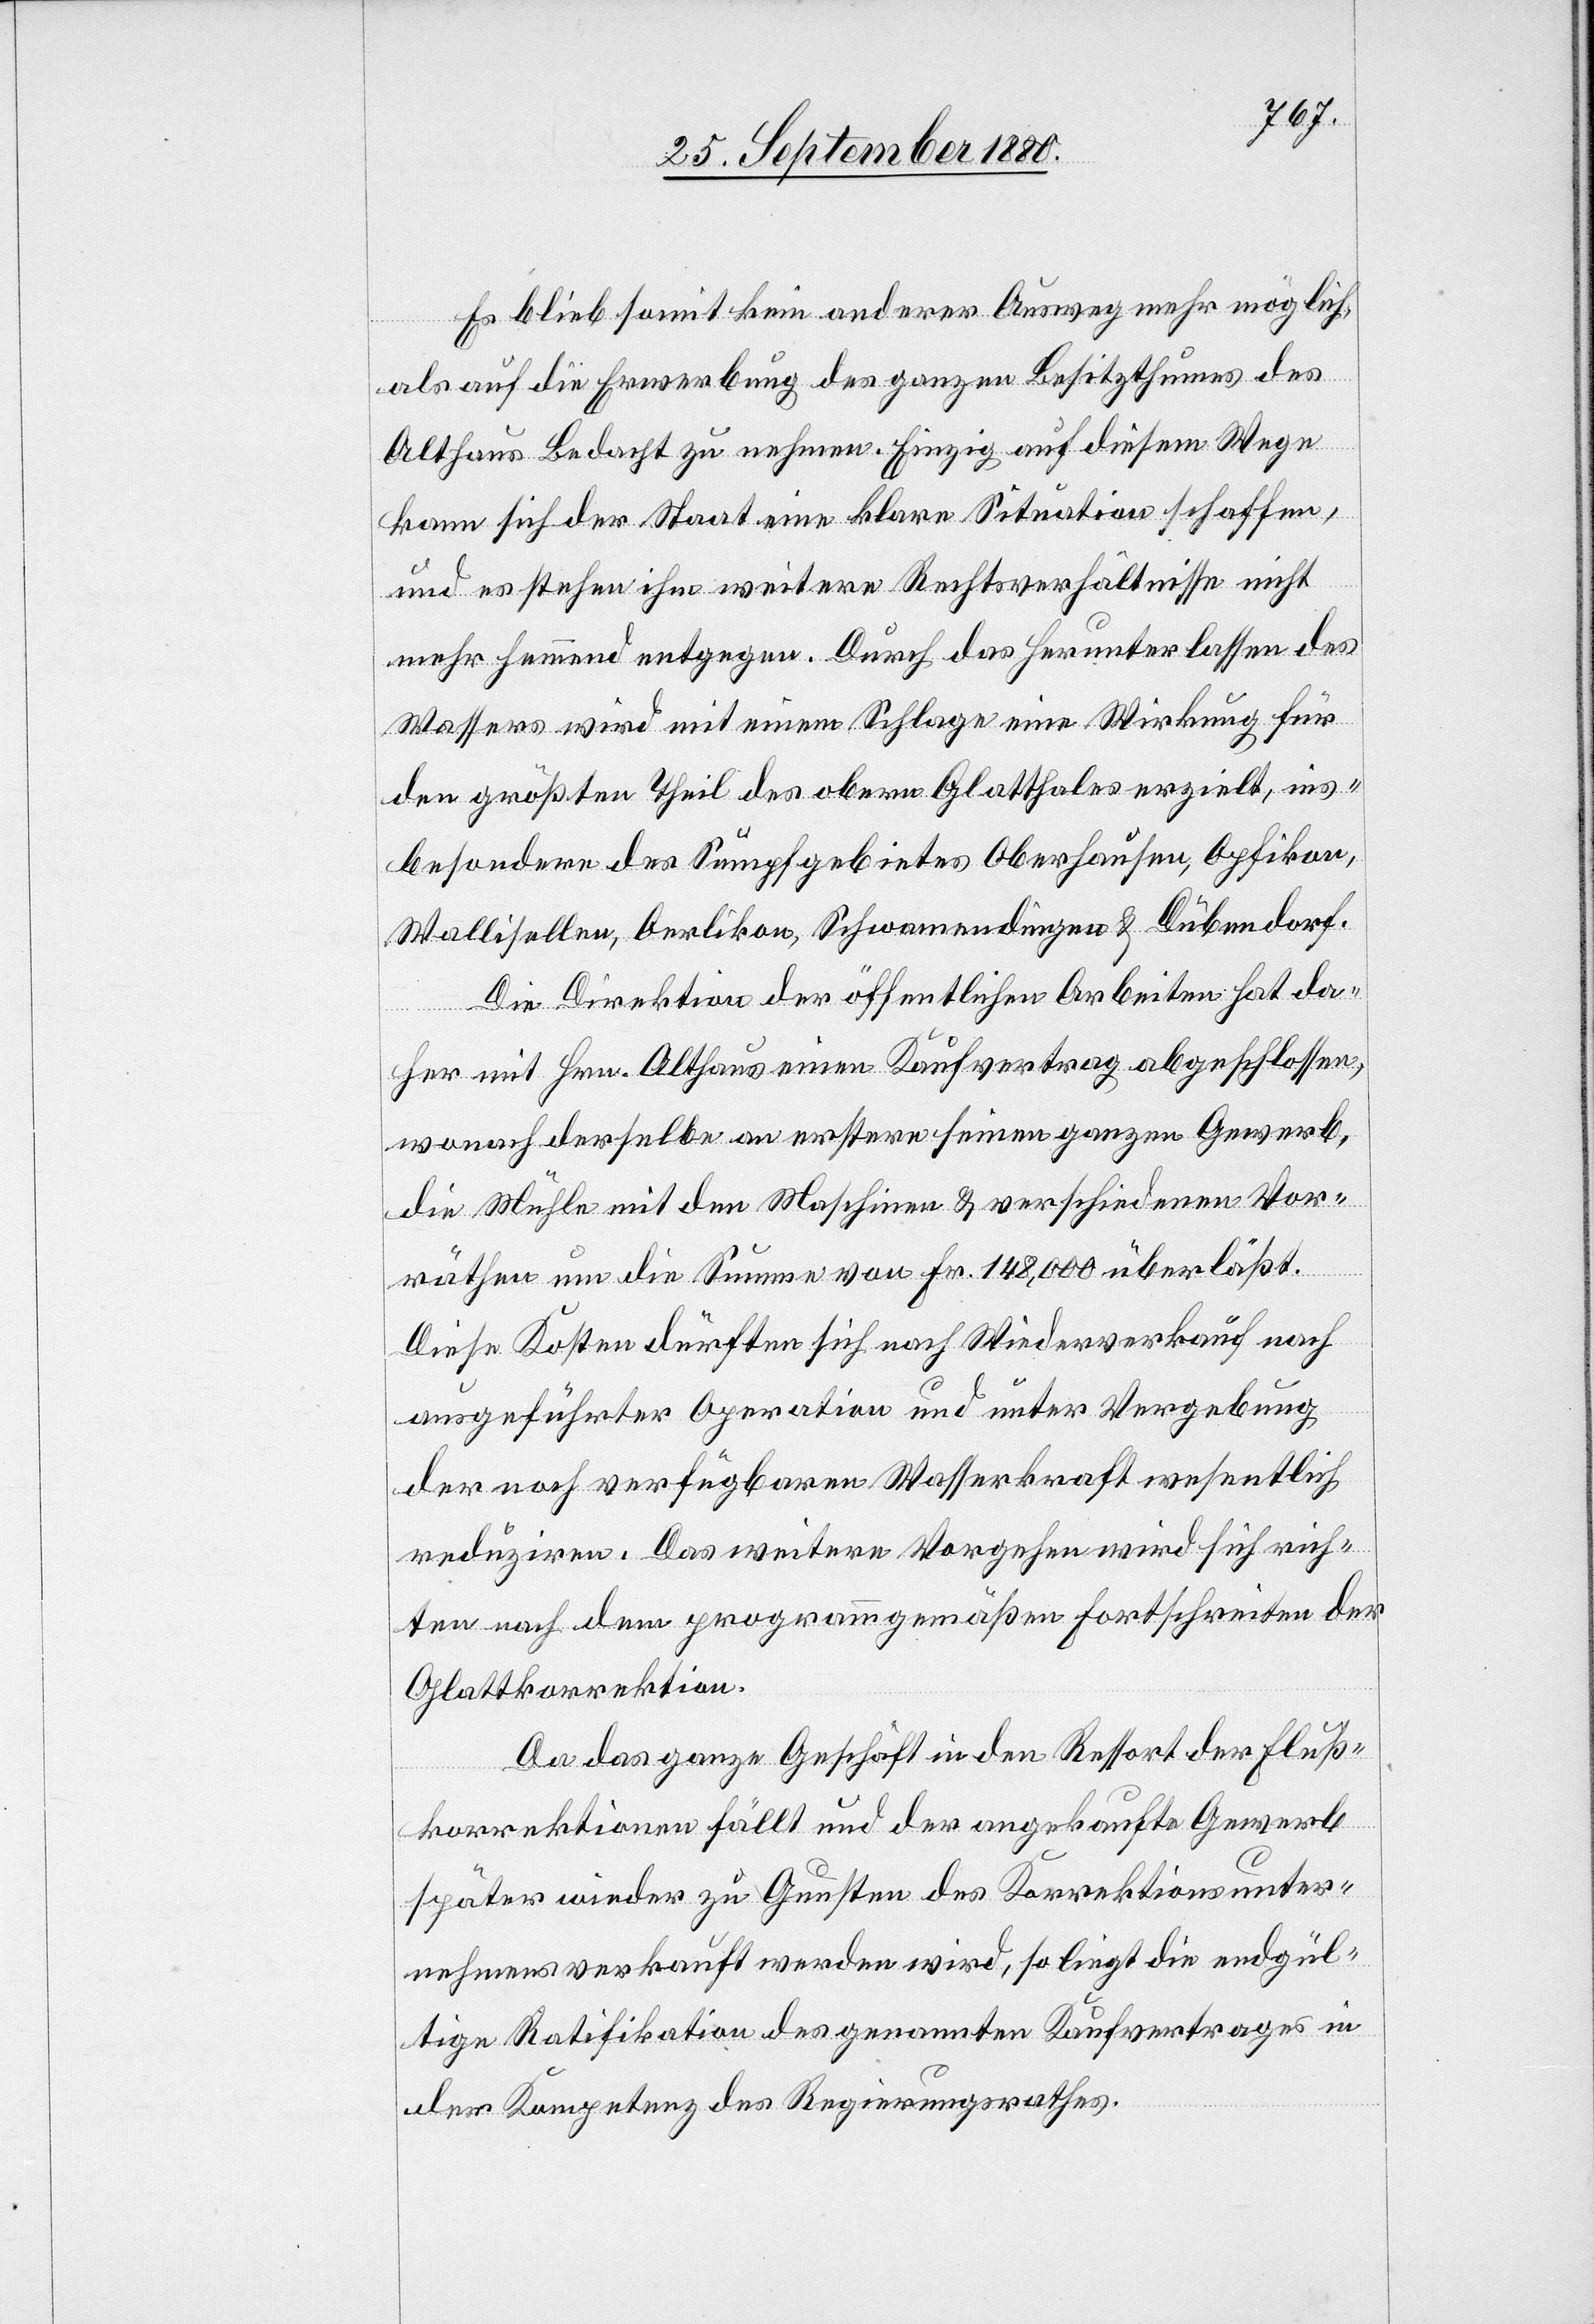
Es blieb somit kein anderer Ausweg mehr möglich,
als auf die Erwerbung des ganzen Besitzthumes des
Althaus Bedacht zu nehmen. Einzig auf diesem Wege
kann sich der Staat eine klare Situation schaffen,
und es stehen ihm weitere Rechtsverhältnisse nicht
mehr hemmend entgegen. Durch das herunter lassen des
Wassers wird mit einem Schlage eine Wirkung für
den größten Theil des obern Glatthales erzielt, ins¬
besondere des Sumpfgebietes Oberhausen, Opfikon,
Wallisellen, Oerlikon, Schwammendingen & Dübendorf.
Die Direktion der öffentlichen Arbeiten hat da¬
her mit Hrn. Althaus einen Kaufvertrag abgeschlossen,
wonach derselbe an erstern seinen ganzen Gewerb,
die Mühle mit den Maschinen & verschiedene Vor¬
räthe um die Summe von Fr. 148,000 überläßt.
Diese Kosten dürften sich nach Wiederverkauf nach
ausgeführter Operation und unter Vergebung
der noch verfügbaren Wasserkraft wesentlich
reduziren. Das weitere Vorgehen wird sich rich¬
ten nach dem programmgemäßen Fortschreiten der
Glattkorrektion.
Da das ganze Geschäft in den Ressort der Fluß¬
korrektionen fällt und der angekaufte Gewerb
später wieder zu Gunsten des Korrektionsunter¬
nehmen verkauft werden wird, so liegt die endgül¬
tige Ratifikation des genannten Kaufvertrages in
der Kompetenz des Regierungsrathes.